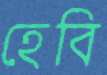
হেবি